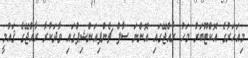
މިއަހަރުގެ އޮކްޓޫބަރު މަހު ރާއްޖޭގައި އޮންނަ ސާފް ޗެންޕިއަންޝިޕްގައި ވާދަކުރާ ރާއްޖޭގެ ޤައުމީ